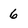
Character: 6